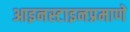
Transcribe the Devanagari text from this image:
आइनस्टाइनप्रमाणे